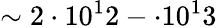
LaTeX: \sim 2\cdot 10^{1}2-\cdot 10^{1}3